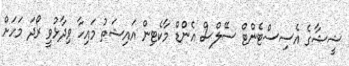
ޝީޝާގެ އެސިސްޓެންޓް ސޭލްސް އެންޑް މާކެޓިން އައިޝަތު މައިހާ ވިދާޅުވީ ރޯދަ މަހަށް